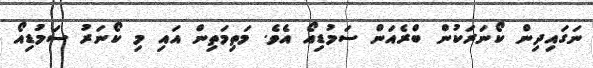
ނަގައިދިން ކޯނަރަކުން ބްރެއަން ސަމުޑިއޯ އެވެ. މަތިމަތިން އައި މި ކޯނަރު ސަމުޑިއޯ